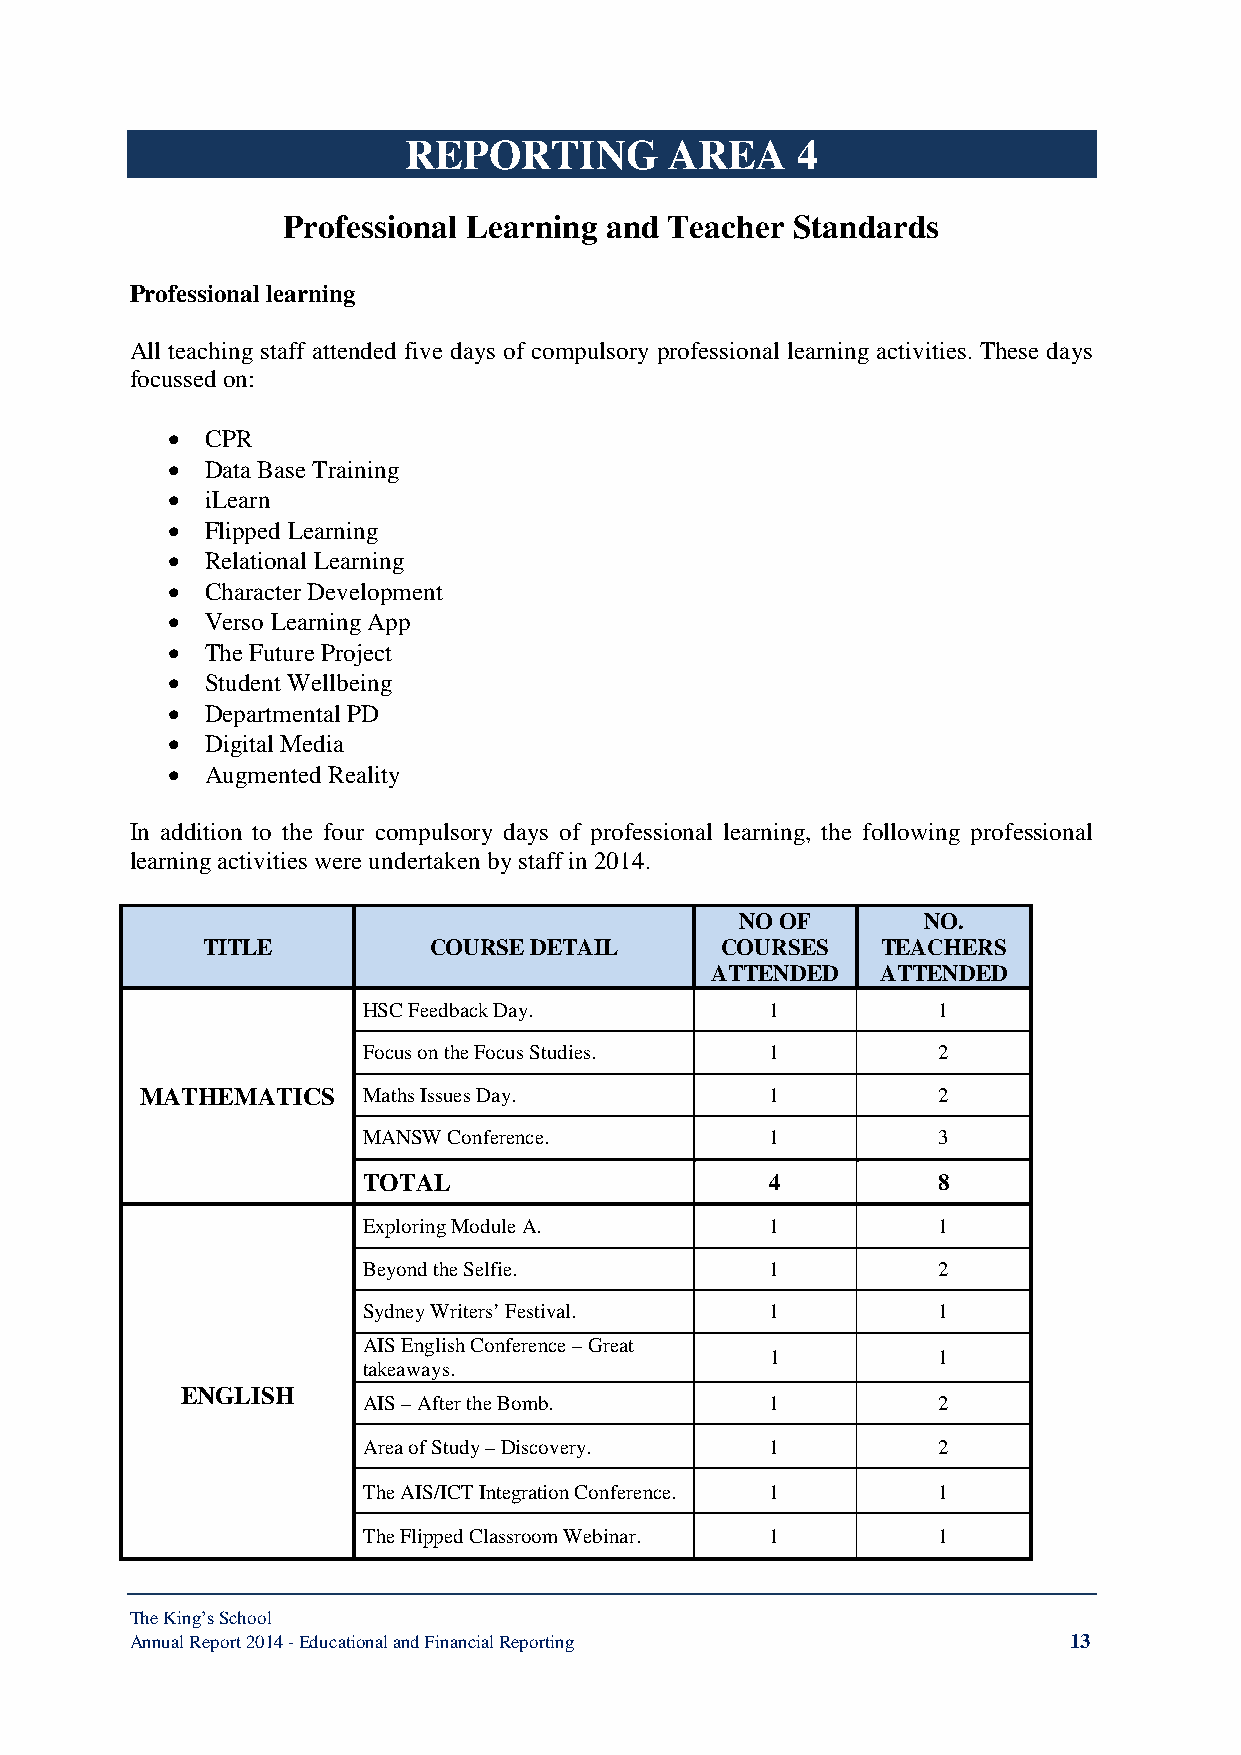
REPORTING        AREA     4
 Professional Learning and Teacher Standards
 Professional learning
 All teaching staff attended five days of compulsory professional learning activities. These days
 focussed on:
 •  CPR
 •  Data Base Training
 •  iLearn
 •  Flipped Learning
 •  Relational Learning
 •  Character Development
 •  Verso Learning App
 •  The Future Project
 •  Student Wellbeing
 •  Departmental PD
 •  Digital Media
 •  Augmented Reality
 In addition to the four compulsory days of professional learning, the following professional
 learning activities were undertaken by staff in 2014.
 NO OF       NO.
 TITLE          COURSE DETAIL       COURSES   TEACHERS
 ATTENDED   ATTENDED
 HSC Feedback Day.          1          1
 Focus on the Focus Studies. 1         2
 MATHEMATICS    Maths Issues Day.          1          2
 MANSW Conference.          1          3
 TOTAL                      4          8
 Exploring Module A.        1          1
 Beyond the Selfie.         1          2
 Sydney Writers’ Festival.  1          1
 AIS English Conference – Great
 1          1
 takeaways.
 ENGLISH
 AIS – After the Bomb.      1          2
 Area of Study – Discovery. 1          2
 The AIS/ICT Integration Conference. 1 1
 The Flipped Classroom Webinar. 1      1
 The King’s School
 Annual Report 2014 - Educational and Financial Reporting      13